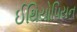
ઈથિયોપિયન